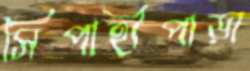
সিপাহীপাড়া